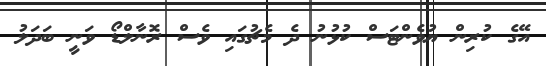
އޭގެ ކުރިން ޔުވެންޓަސް ކުޅުނު ދެ މެޗުގައި ވެސް ރޮނާލްޑޯ ވަނީ ބަދަލު